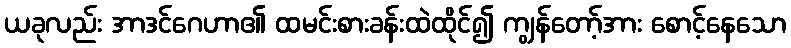
ယခုလည်း အာဒင်ဂေဟာ၏ ထမင်းစားခန်းထဲထိုင်၍ ကျွန်တော့်အား စောင့်နေသော